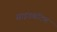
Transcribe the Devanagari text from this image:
साइडबॉटम